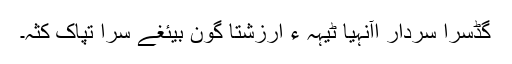
گڈسرا سردار اآنہیا ٹیہہ ءِ ارزشتا گون بیئغے سرا تپاک کثہ۔